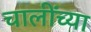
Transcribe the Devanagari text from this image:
चालींच्या